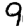
Digit: 9